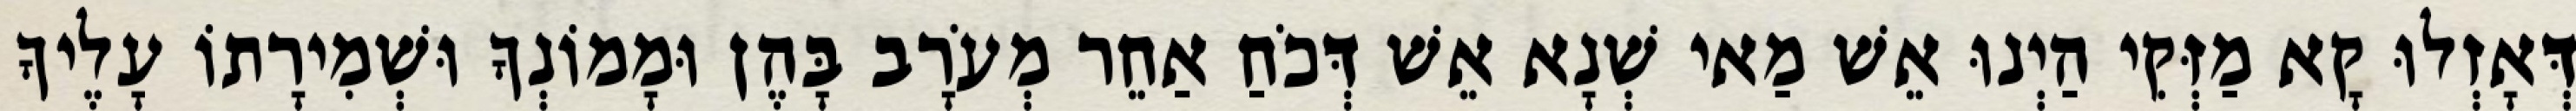
דְּאָזְלוּ קָא מַזְּקִי הַיְנוּ אֵשׁ מַאי שְׁנָא אֵשׁ דְּכֹחַ אַחֵר מְעֹרָב בָּהֶן וּמָמוֹנְךָ וּשְׁמִירָתוֹ עָלֶיךָ